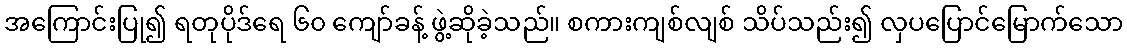
အကြောင်းပြု၍ ရတုပိုဒ်ရေ ၆၀ ကျော်ခန့် ဖွဲ့ဆိုခဲ့သည်။ စကားကျစ်လျစ် သိပ်သည်း၍ လှပပြောင်မြောက်သော